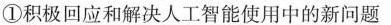
①积极回应和解决人工智能使用中的新问题